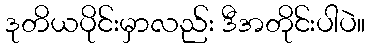
ဒုတိယပိုင်းမှာလည်း ဒီအတိုင်းပါပဲ။